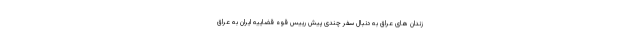
زندان های عراق به دنبال سفر چندی پیش رییس قوه قضاییه ایران به عراق